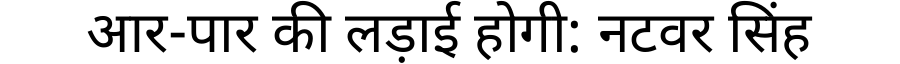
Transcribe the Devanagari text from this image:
आर-पार की लड़ाई होगी: नटवर सिंह